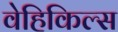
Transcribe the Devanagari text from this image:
वेहिकिल्स